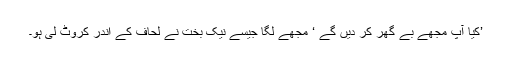
’کیا آپ مجھے بے گھر کر دیں گے ‘ مجھے لگا جیسے نیک بخت نے لحاف کے اندر کروٹ لی ہو۔